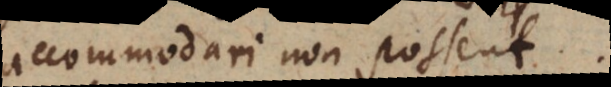
accommodari non possent.